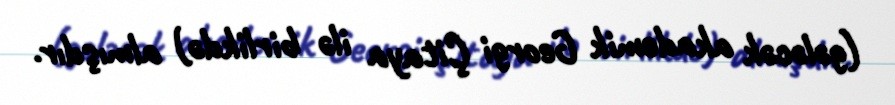
(gələcək akademik Georgi Çitaya ilə birlikdə) almışdır.